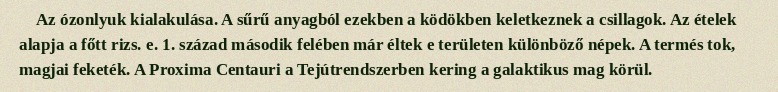
Az ózonlyuk kialakulása. A sűrű anyagból ezekben a ködökben keletkeznek a csillagok. Az ételek alapja a főtt rizs. e. 1. század második felében már éltek e területen különböző népek. A termés tok, magjai feketék. A Proxima Centauri a Tejútrendszerben kering a galaktikus mag körül.